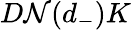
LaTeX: D\mathcal{N}(d_{-})K